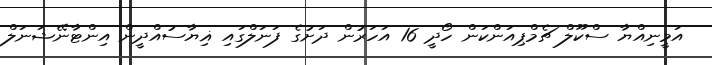
އަމީނިއްޔާ ސްކޫލް ޗެމްޕިއަންކަން ހޯދީ 16 އަހަރުން ދަށުގެ ފަނަލްގައި ޣިޔާސުއްދީން އިންޓާނޭޝަނަލް